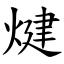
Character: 煡